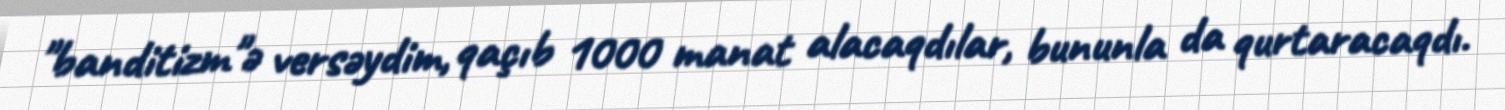
"banditizm"ə versəydim, qaçıb 1000 manat alacaqdılar, bununla da qurtaracaqdı.